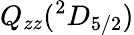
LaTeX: Q_{zz}({^2D}_{5/2})